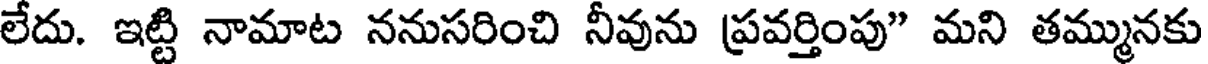
లేదు. ఇట్టి నామాట ననుసరించి నీవును ప్రవర్తింపు" మని తమ్మునకు